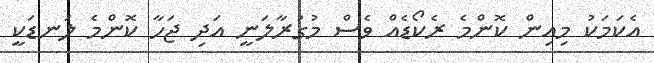
އެކަމަކު މިއިން ކޮންމެ ރެކޯޑެއް ވެސް މުގުރާލަނީ އަދި ޖަހާ ކޮންމެ ލަނޑަކީ